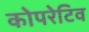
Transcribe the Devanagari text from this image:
कोपरेटिव